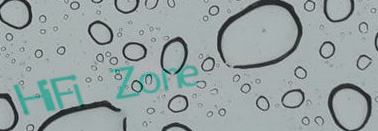
HiFi Zone